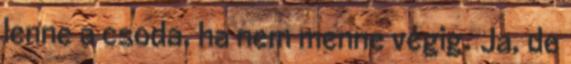
lenne a csoda, ha nem menne végig. Ja, de